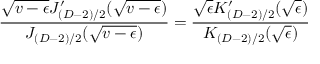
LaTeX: \frac { \sqrt { v - \epsilon } J _ { ( D - 2 ) / 2 } ^ { \prime } ( \sqrt { v - \epsilon } ) } { J _ { ( D - 2 ) / 2 } ( \sqrt { v - \epsilon } ) } = \frac { \sqrt { \epsilon } K _ { ( D - 2 ) / 2 } ^ { \prime } ( \sqrt { \epsilon } ) } { K _ { ( D - 2 ) / 2 } ( \sqrt { \epsilon } ) }